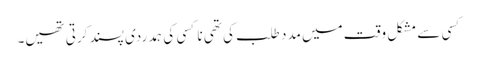
کسی سے مشکل وقت میں مدد طلب کی تھی نا کسی کی ہمدردی پسند کرتی تھیں۔